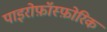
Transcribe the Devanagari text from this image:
पाइरोफ़ॉस्फ़ोरिक